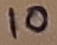
Text: 10